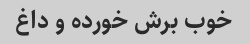
خوب برش خورده و داغ